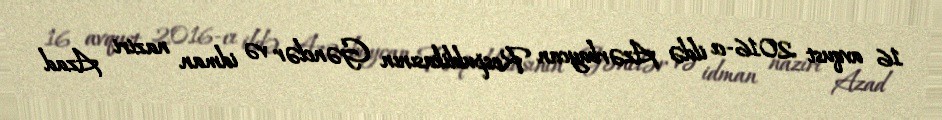
16 avqust 2016-cı ildə Azərbaycan Respublikasının Gənclər və idman naziri Azad